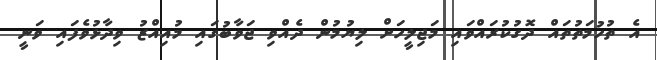
އެ ތުހުމަތުތައް ދޮގުކުރައްވައި މަޖިލީހަށް ލިޔުމުން ދެއްވި ޖަވާބުގައި މުއިއްޒު ވިދާޅުވެފައި ވަނީ